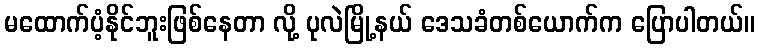
မထောက်ပံ့နိုင်ဘူးဖြစ်နေတာ လို့ ပုလဲမြို့နယ် ဒေသခံတစ်ယောက်က ပြောပါတယ်။